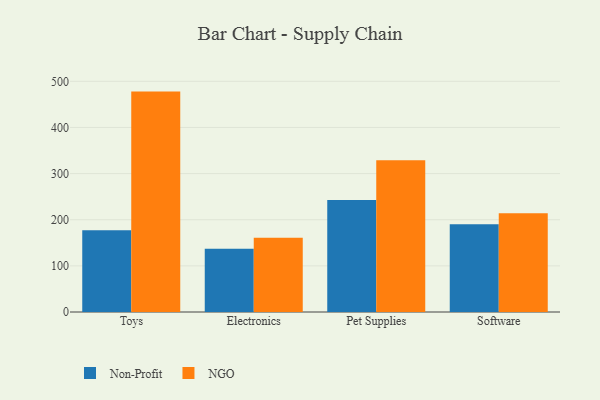
{"axis": {"x": "Category", "y": "Production Output"}, "legend": ["NGO", "Non-Profit"], "data": [{"x": "Toys", "y": 177.0, "type": "Non-Profit"}, {"x": "Toys", "y": 477.7, "type": "NGO"}, {"x": "Electronics", "y": 136.9, "type": "Non-Profit"}, {"x": "Electronics", "y": 161.2, "type": "NGO"}, {"x": "Pet Supplies", "y": 242.8, "type": "Non-Profit"}, {"x": "Pet Supplies", "y": 329.1, "type": "NGO"}, {"x": "Software", "y": 190.0, "type": "Non-Profit"}, {"x": "Software", "y": 213.9, "type": "NGO"}]}